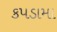
કપડામા